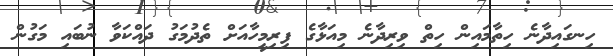
ހިނގައިދާނެ ހިތާމައިން ހިތް ވިރިދާނެ މިއަޅާގެ ފިރިމީހާއަށް ތެދުމަގު ދައްކަވާ ނުބައި މަގުން